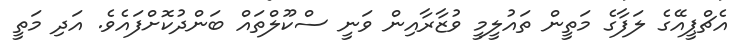
އެޗްޕީއޭގެ ލަފާގެ މަތީން ތައުލީމީ ވުޒާރާއިން ވަނީ ސްކޫލްތައް ބަންދުކޮށްފައެވެ. އަދި މަތީ